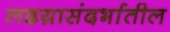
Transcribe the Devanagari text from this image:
लढय़ासंदर्भातील